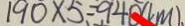
1 9 0 \times 5 = 9 4 0 ( k m ) .